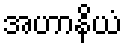
အဟာနိယံ